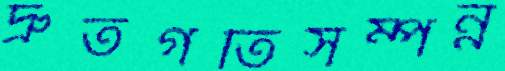
দ্রুতগতিসম্পন্ন